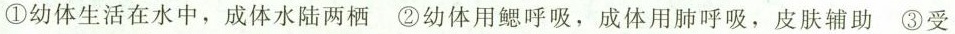
①幼体生活在水中，成体水陆两栖 ②幼体用鳃呼吸，成体用肺呼吸，皮肤辅助③受